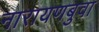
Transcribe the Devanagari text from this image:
नारायणबुवा